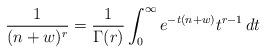
LaTeX: \begin{align*} \frac{1}{(n+w)^r} = \frac{1}{\Gamma(r)} \int_0^\infty e^{-t(n+w)}t^{r-1}\, dt\end{align*}